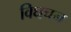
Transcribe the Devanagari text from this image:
विघचन